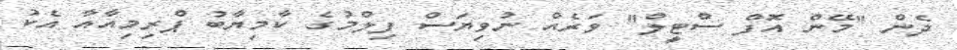
ދެން "މޭން އޮފް ސްޓީލް" ވަރެއް ނުވިޔަސް ފިލްމުގެ ކާމިޔާބު ޕްރިމިއާއާ އެކު